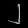
Digit: ၂